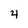
Character: 4